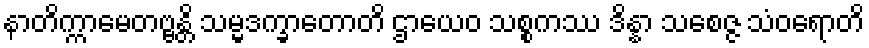
နာတိက္ကာမေတဗ္ဗန္တိ သမ္မဒက္ခာတောတိ ဌာယေဝ သစ္စကဿ ဒိန္နာ သစေဇ္ဇ သံဝရောတိ